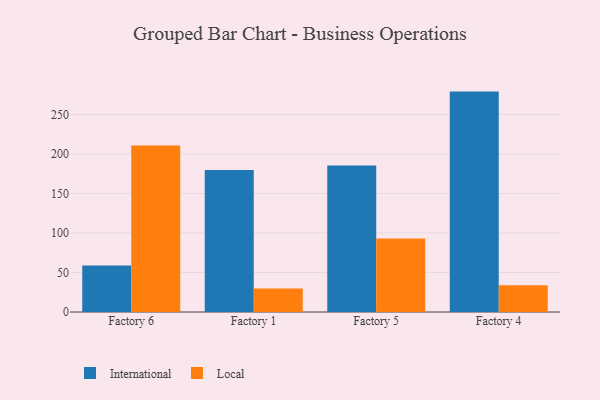
{"axis": {"x": "Factory", "y": "Shipments"}, "legend": ["International", "Local"], "data": [{"x": "Factory 6", "y": 59.0, "type": "International"}, {"x": "Factory 6", "y": 210.7, "type": "Local"}, {"x": "Factory 1", "y": 179.8, "type": "International"}, {"x": "Factory 1", "y": 29.6, "type": "Local"}, {"x": "Factory 5", "y": 185.5, "type": "International"}, {"x": "Factory 5", "y": 92.9, "type": "Local"}, {"x": "Factory 4", "y": 278.9, "type": "International"}, {"x": "Factory 4", "y": 34.0, "type": "Local"}]}